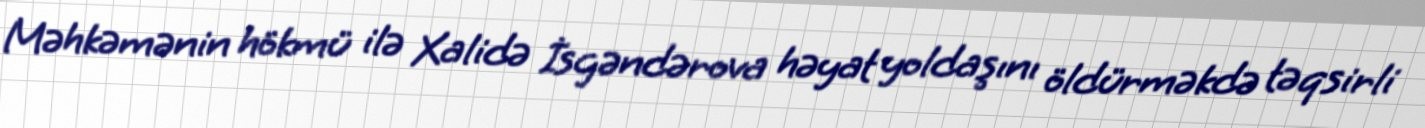
Məhkəmənin hökmü ilə Xalidə İsgəndərova həyat yoldaşını öldürməkdə təqsirli